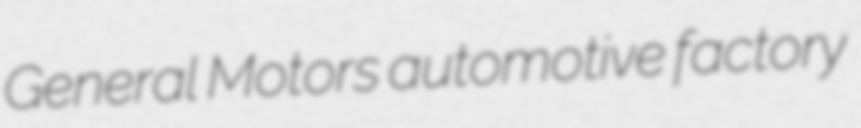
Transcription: General Motors automotive factory